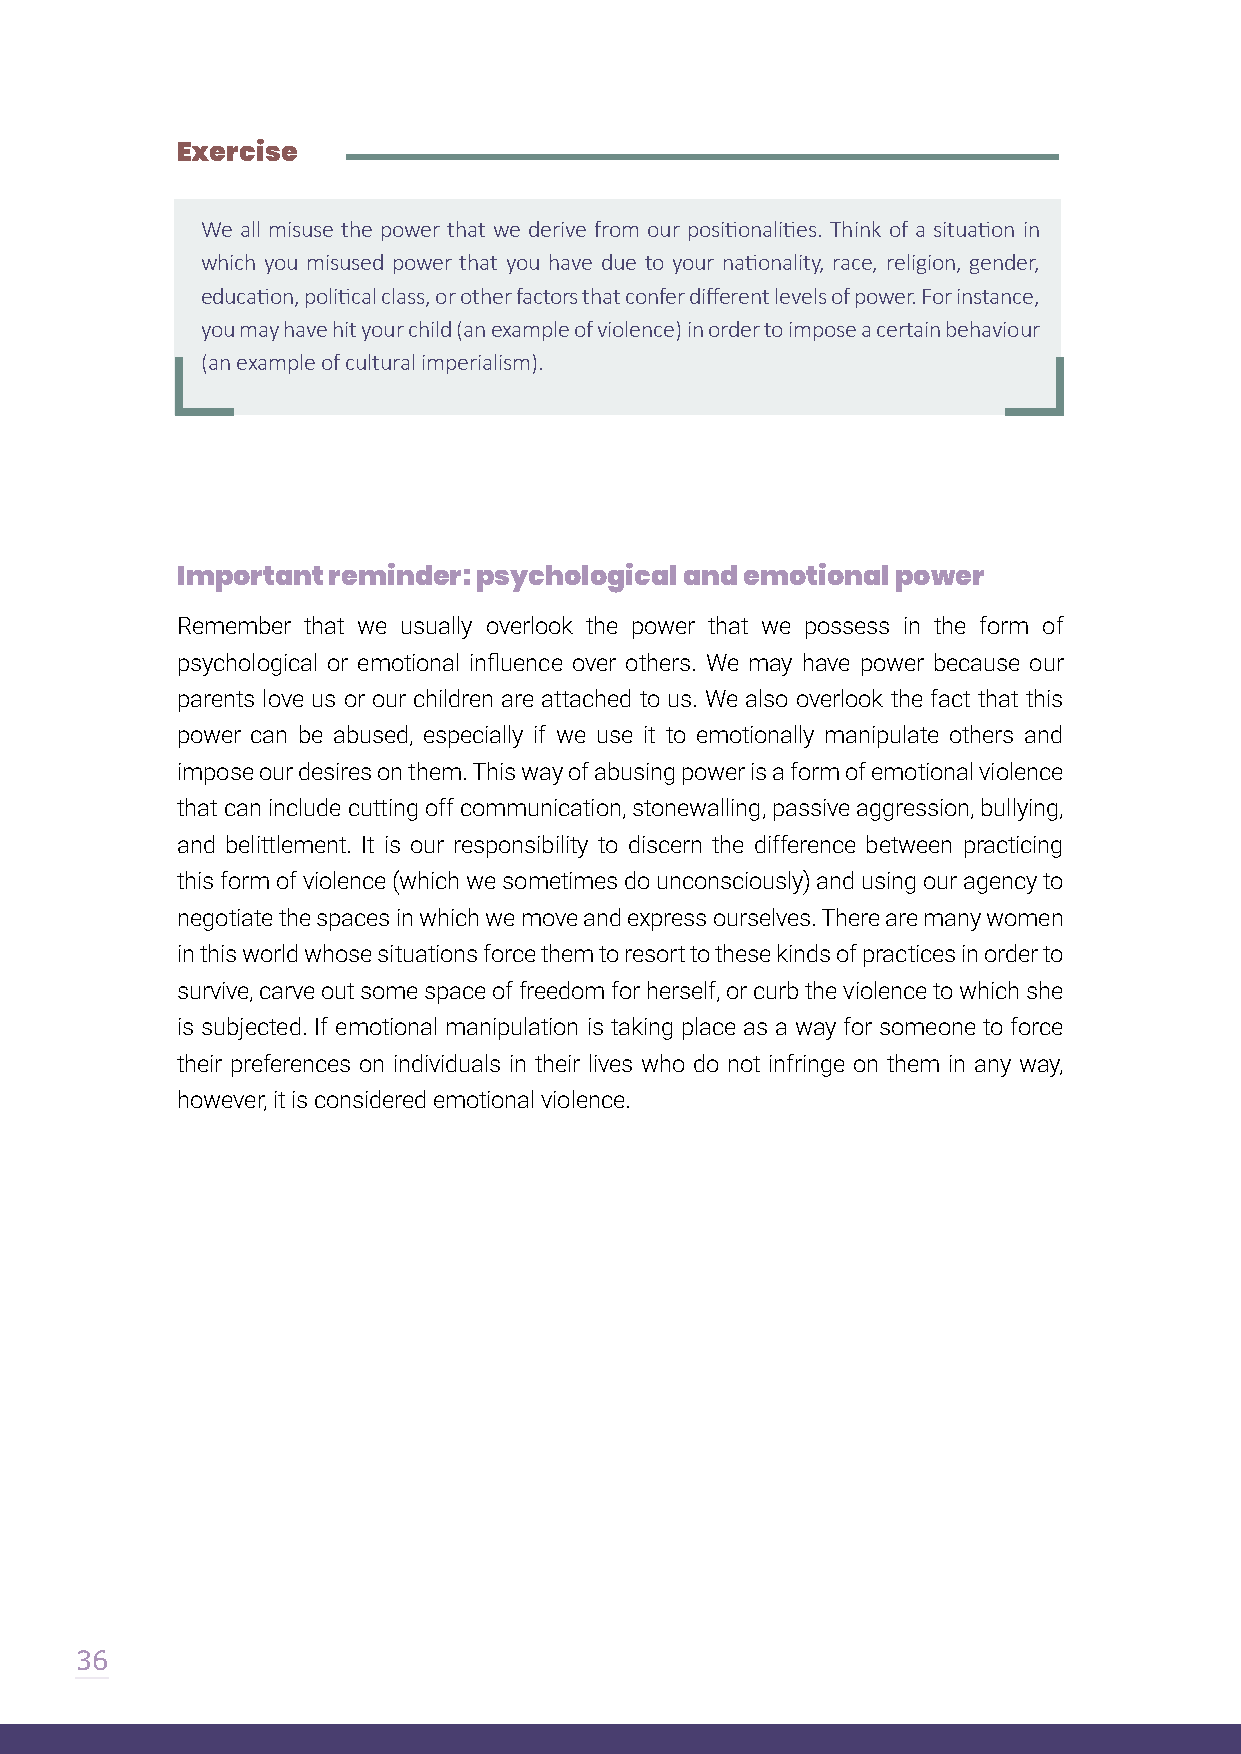
Exercise
 We all misuse the power that we derive from our positionalities. Think of a situation in
 which you misused power that you have due to your nationality, race, religion, gender,
 education, political class, or other factors that confer different levels of power. For instance,
 you may have hit your child (an example of violence) in order to impose a certain behaviour
 (an example of cultural imperialism).
 Important reminder: psychological and emotional power
 Remember that we usually overlook the power that we possess in the form of
 psychological or emotional influence over others. We may have power because our
 parents love us or our children are attached to us. We also overlook the fact that this
 power can be abused, especially if we use it to emotionally manipulate others and
 impose our desires on them. This way of abusing power is a form of emotional violence
 that can include cutting off communication, stonewalling, passive aggression, bullying,
 and belittlement. It is our responsibility to discern the difference between practicing
 this form of violence (which we sometimes do unconsciously) and using our agency to
 negotiate the spaces in which we move and express ourselves. There are many women
 in this world whose situations force them to resort to these kinds of practices in order to
 survive, carve out some space of freedom for herself, or curb the violence to which she
 is subjected. If emotional manipulation is taking place as a way for someone to force
 their preferences on individuals in their lives who do not infringe on them in any way,
 however, it is considered emotional violence.
 36